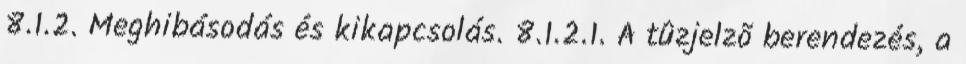
8.1.2. Meghibásodás és kikapcsolás. 8.1.2.1. A tûzjelzõ berendezés, a